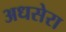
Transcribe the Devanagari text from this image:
अधसेरा